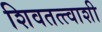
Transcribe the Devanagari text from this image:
शिवतत्त्वाशी